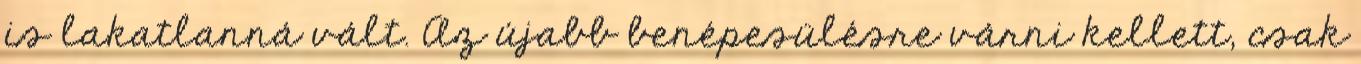
is lakatlanná vált. Az újabb benépesülésre várni kellett, csak